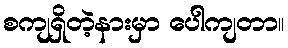
စကျရှိတဲ့နားမှာ ပေါကျတာ။